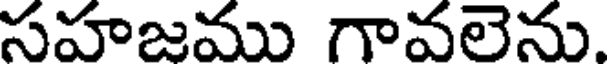
సహజము గావలెను.